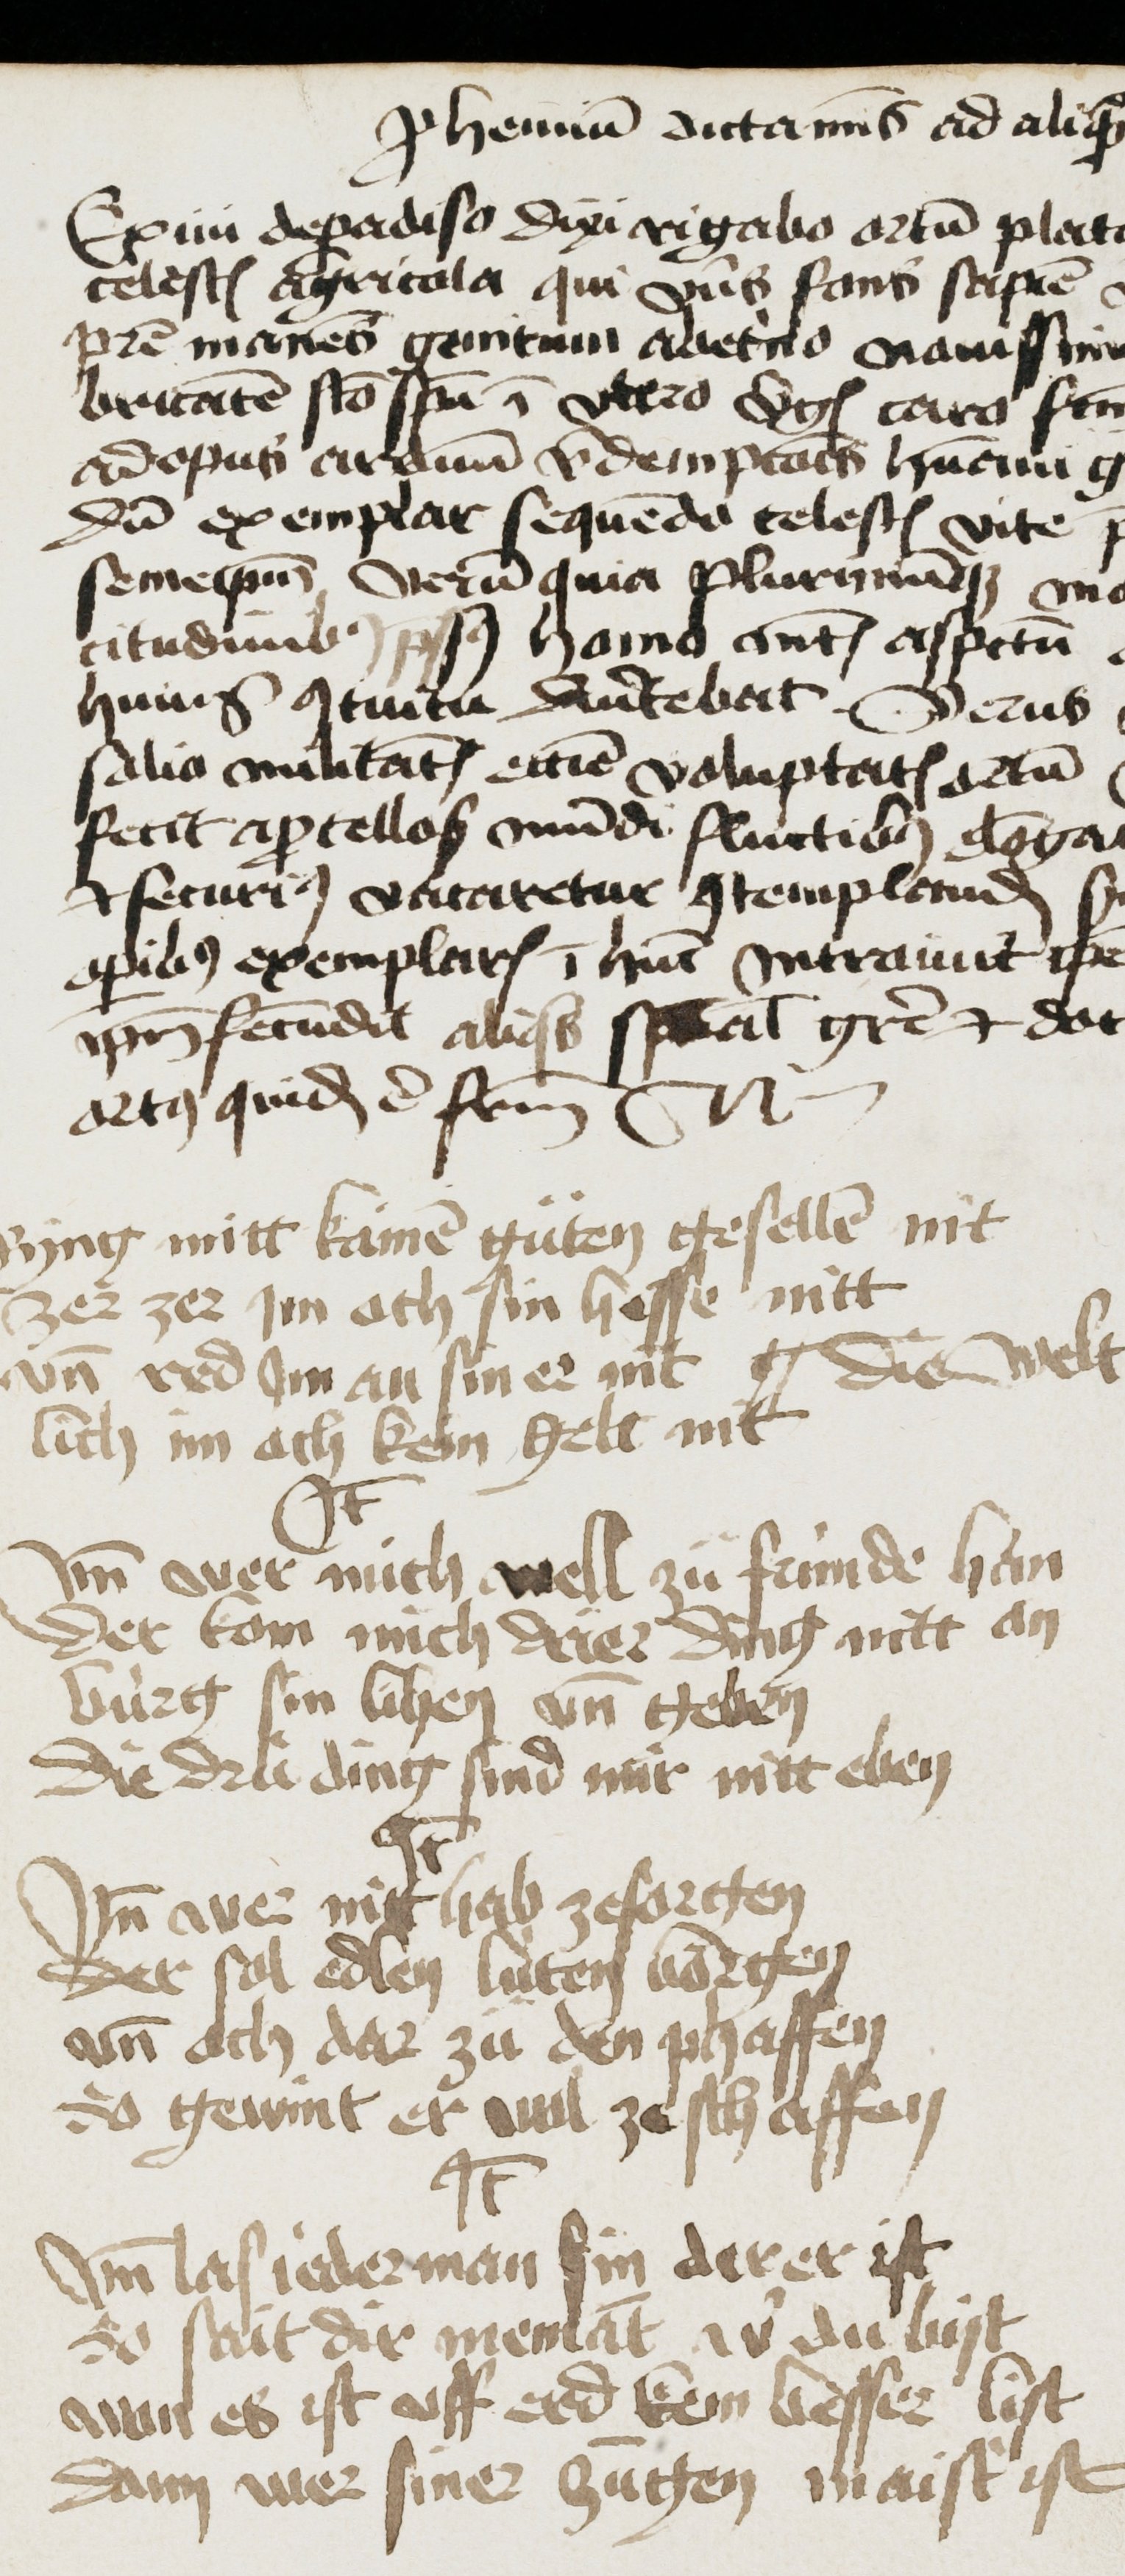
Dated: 1400–1499